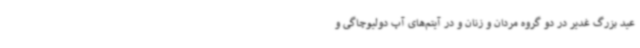
عید بزرگ غدیر در دو گروه مردان و زنان و در آیتم‌های آپ دولیوچاگی و